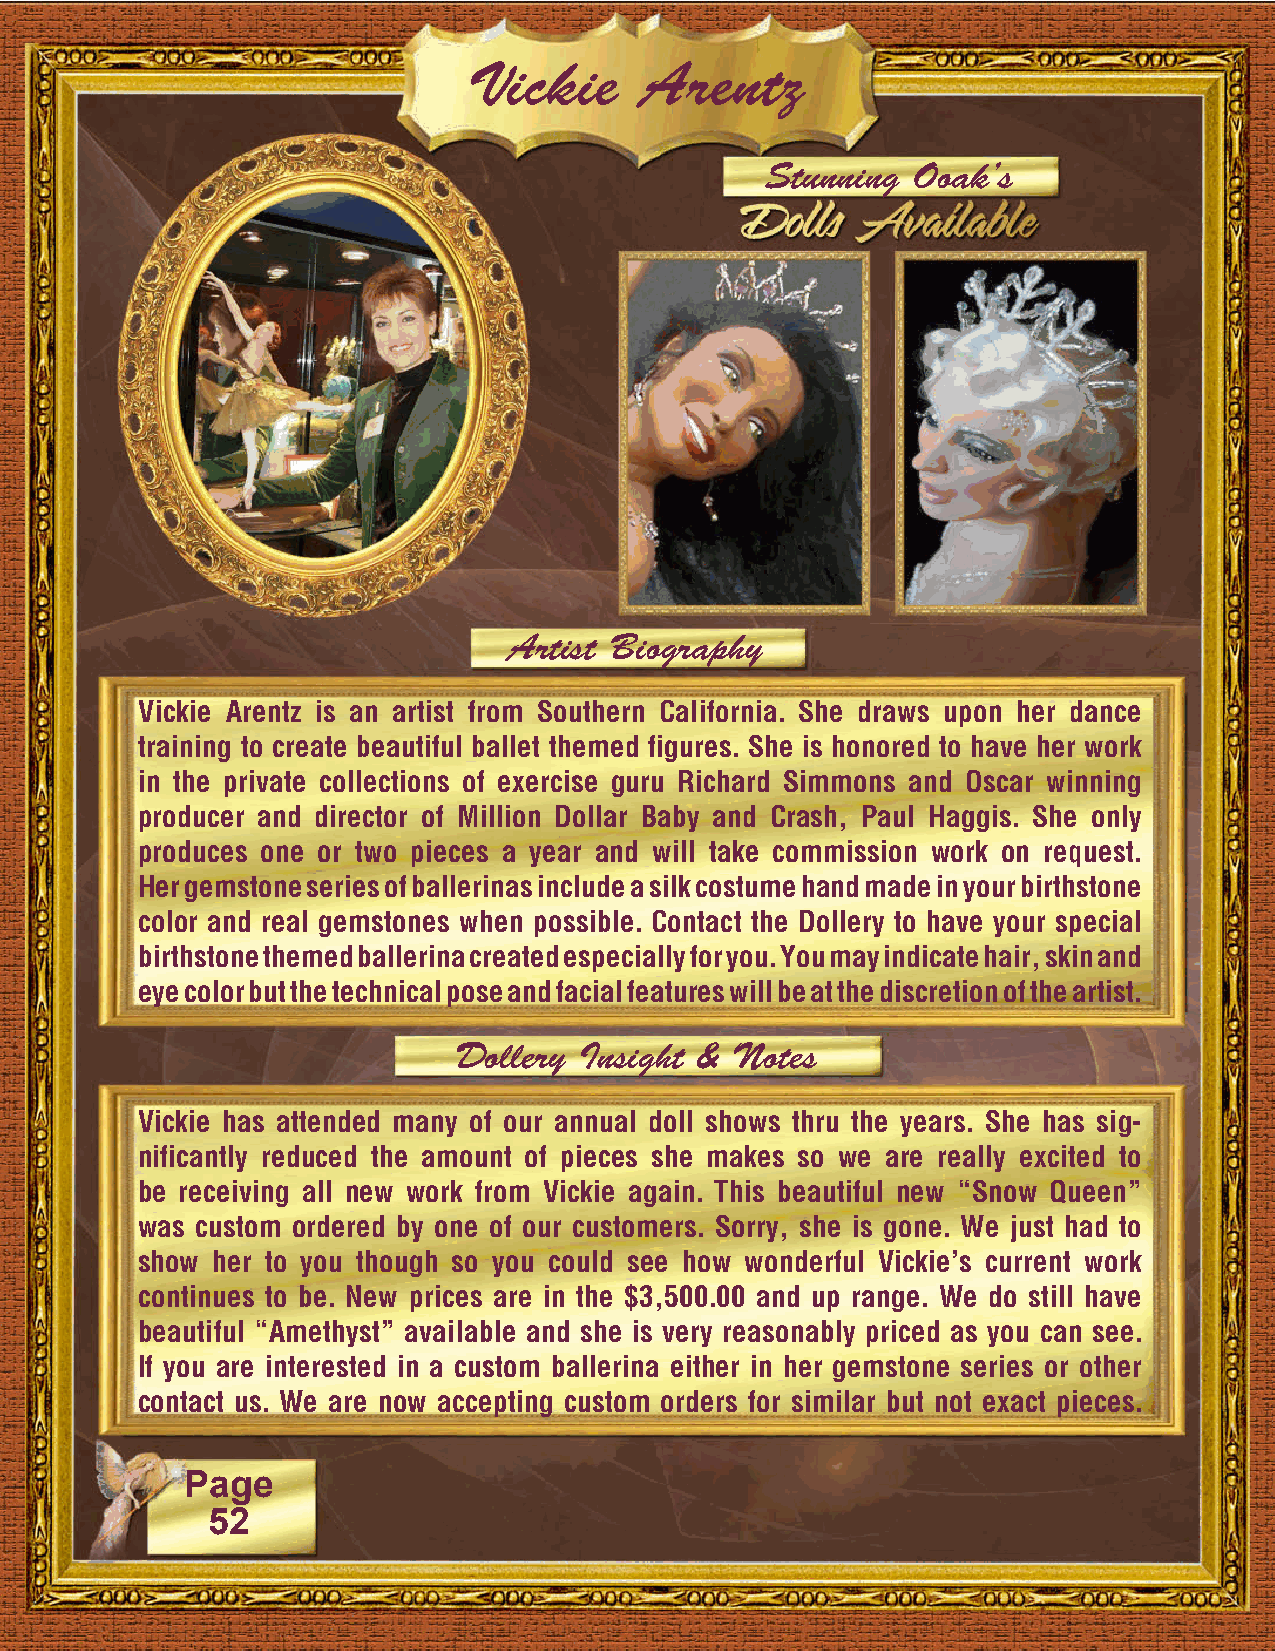
Vickie     Arentz
 Stunning Ooak’s
 Artist Biography
 Vickie Arentz is an artist from Southern California. She draws upon her dance
 training to create beautiful ballet themed figures. She is honored to have her work
 in the private collections of exercise guru Richard Simmons and Oscar winning
 producer and director of Million Dollar Baby and Crash, Paul Haggis. She only
 produces one or two pieces a year and will take commission work on request.
 Her gemstone series of ballerinas include a silk costume hand made in your birthstone
 color and real gemstones when possible. Contact the Dollery to have your special
 birthstone themed ballerina created especially for you. You may indicate hair, skin and
 eye color but the technical pose and facial features will be at the discretion of the artist.
 Dollery Insight & Notes
 Vickie has attended many of our annual doll shows thru the years. She has sig-
 nificantly reduced the amount of pieces she makes so we are really excited to
 be receiving all new work from Vickie again. This beautiful new “Snow Queen”
 was custom ordered by one of our customers. Sorry, she is gone. We just had to
 show her to you though so you could see how wonderful Vickie’s current work
 continues to be. New prices are in the $3,500.00 and up range. We do still have
 beautiful “Amethyst” available and she is very reasonably priced as you can see.
 If you are interested in a custom ballerina either in her gemstone series or other
 contact us. We are now accepting custom orders for similar but not exact pieces.
 Page
 52